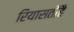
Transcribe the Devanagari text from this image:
रियासतोंहै